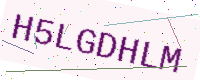
Text: H5LGDHLM